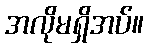
အလိုမရှိအပ်။